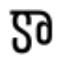
కా